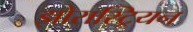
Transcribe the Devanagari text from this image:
झोरास्ट्रियन